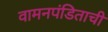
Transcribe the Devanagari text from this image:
वामनपंडिताची